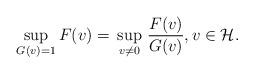
LaTeX: \begin{align*}\sup_{G(v)=1}F(v)=\,\sup_{v\neq 0}\,\frac{F(v)}{G(v)},v\in \cal H.\end{align*}